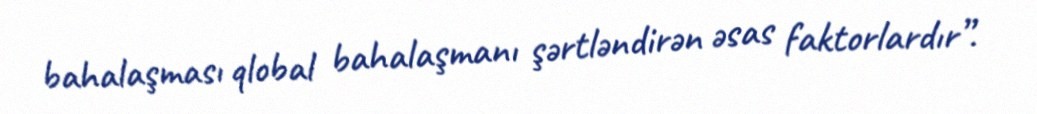
bahalaşması qlobal bahalaşmanı şərtləndirən əsas faktorlardır”.